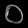
Digit: ၀